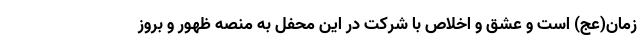
زمان(عج) است و عشق و اخلاص با شرکت در این محفل به منصه ظهور و بروز